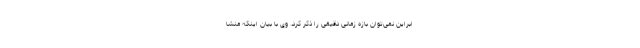
ابراین نمی‌توان بازه زمانی دقیقی را ذکر کرد. وی با بیان اینکه منشا